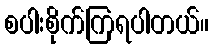
စပါးစိုက်ကြရပါတယ်။